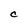
Character: C